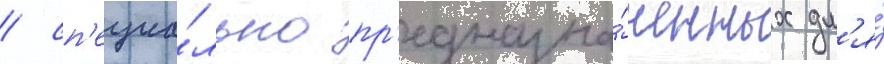
/ сп'ециа́льно пр'едназна́ченных дл'я́